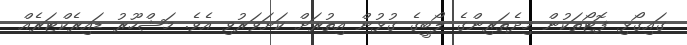
ގައިގޯޅި ފޮޓޯތަކުން މިދެތަރިންގެ ލޯބީގެ ގުޅުން އިތުރަށް ކަށަވަރުވި އެވެ. މަޝްހޫރު ޑައިރެކްޓަރެއް